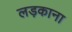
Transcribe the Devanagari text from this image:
लड़काना